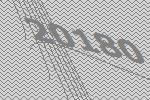
20180